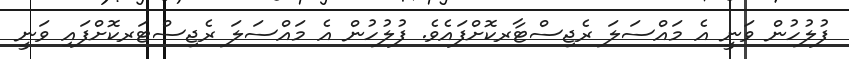
ފުލުހުން ވަނީ އެ މައްސަލަ ރެޖިސްޓާރކޮށްފައެވެ. ފުލުހުން އެ މައްސަލަ ރެޖިސްޓަރކޮށްފައި ވަނީ